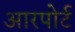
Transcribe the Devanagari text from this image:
आरपोर्ट